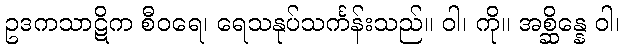
ဥဒကသာဋိက စီဝရေ၊ ရေသနုပ်သင်္ကန်းသည်။ ဝါ၊ ကို။ အစ္ဆိန္နေ ဝါ၊